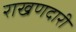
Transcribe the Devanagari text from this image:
राखणदारी